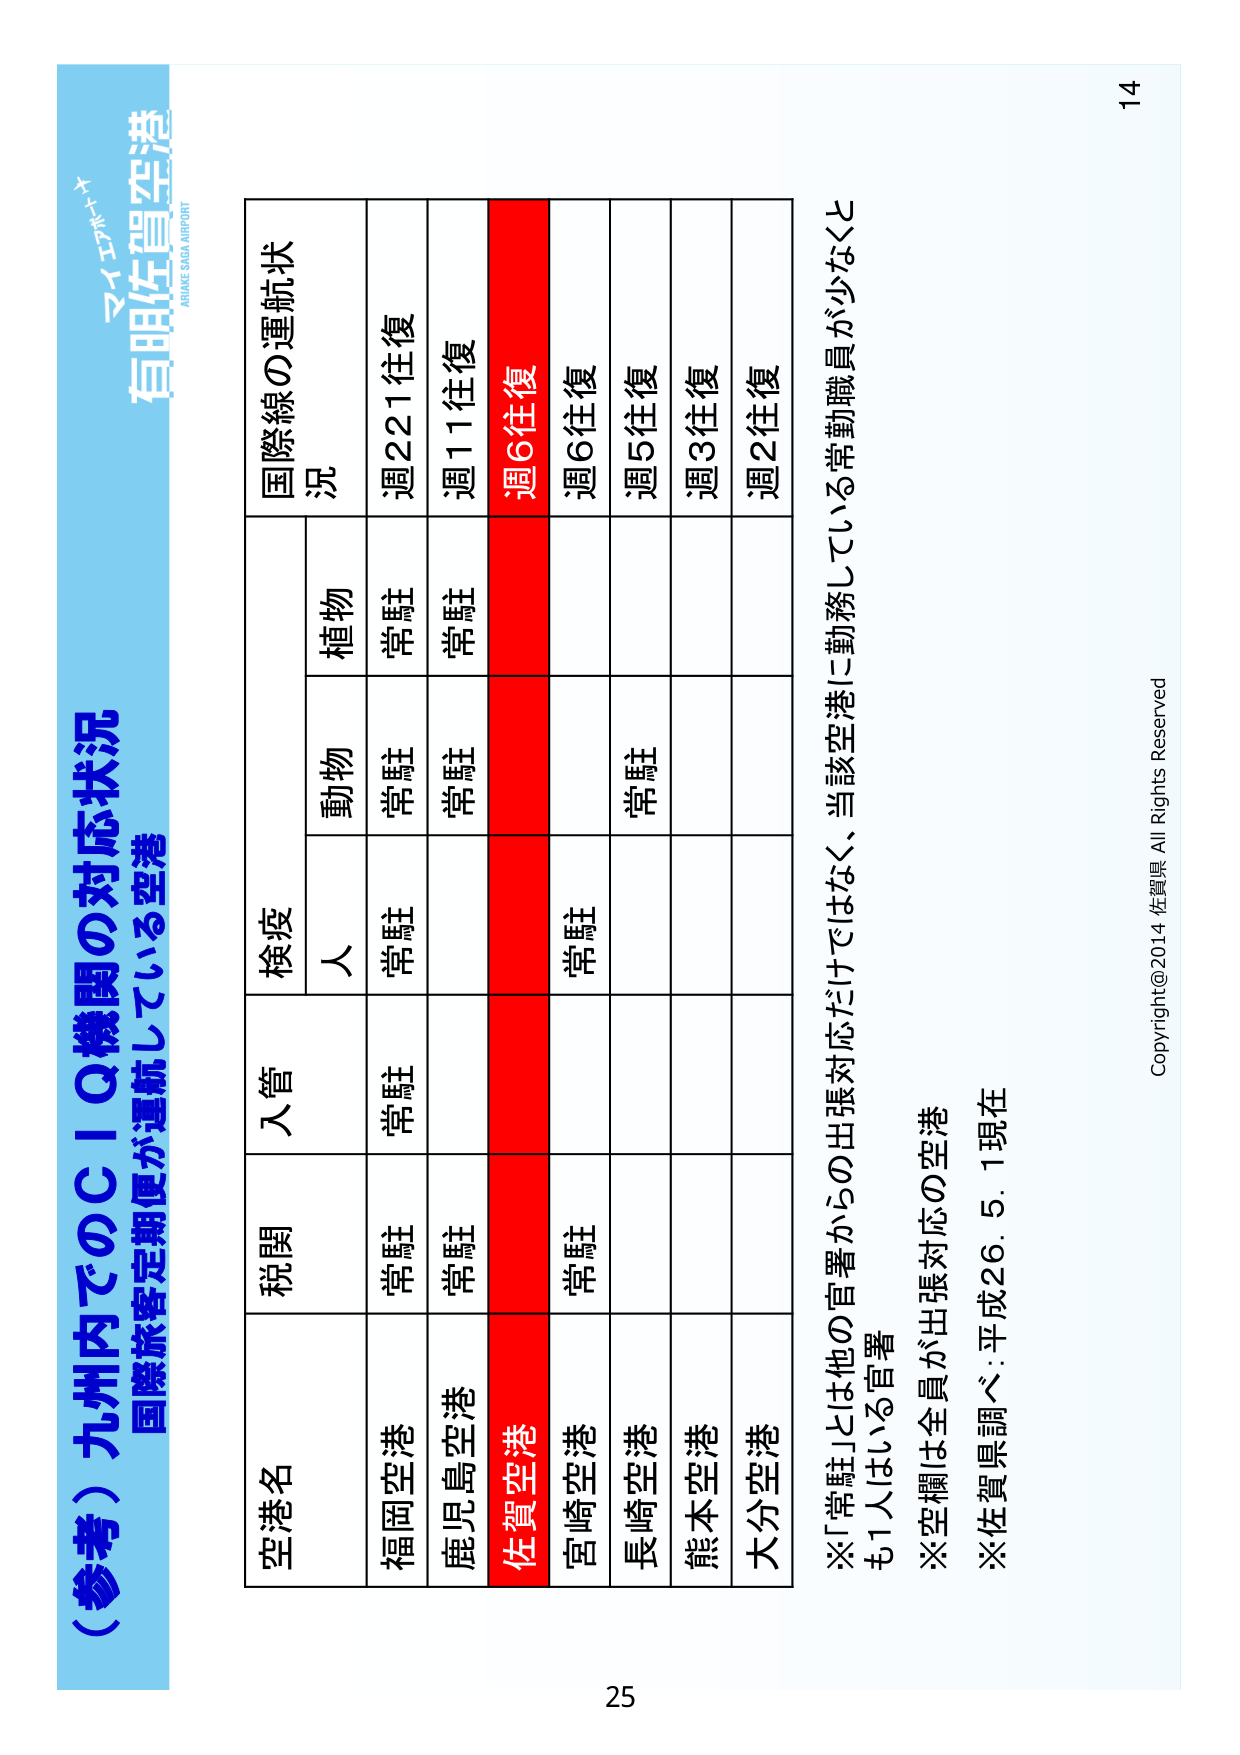
（参考）九州内でのＣＩＱ機関の対応状況
国際旅客定期便が運航している空港

マイエアポート
有明佐賀空港
ARUAKE SAGA AIRPORT

空港名
税関
入管
検疫
国際線の運航状況
　人
　動物
　植物

福岡空港
常駐
常駐
常駐
常駐
週221往復

鹿児島空港
常駐
常駐
常駐
常駐
週11往復

佐賀空港
　（赤色背景）
　（赤色背景）
　（赤色背景）
　（赤色背景）
週6往復

宮崎空港
常駐
常駐
　（空白）
　（空白）
週6往復

長崎空港
　（空白）
　（空白）
常駐
　（空白）
週5往復

熊本空港
　（空白）
　（空白）
　（空白）
　（空白）
週3往復

大分空港
　（空白）
　（空白）
　（空白）
　（空白）
週2往復

※「常駐」とは他の官署からの出張対応だけではなく、当該空港に勤務している常勤職員が少なくとも1人はいる官署
※空欄は全員が出張対応の空港
※佐賀県調べ：平成26.5.1現在

Copyright@2014 佐賀県 All Rights Reserved
14
25